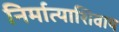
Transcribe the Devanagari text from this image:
निर्मात्याशिवाय